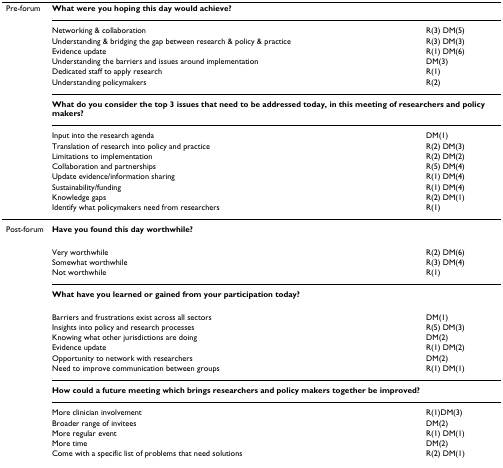
<table><thead><tr><td><b>Pre-forum</b></td><td colspan="2"><b>What were you hoping this day would achieve?</b></td></tr><tr><td></td><td><b>Networking &amp; collaboration</b></td><td><b>R(3) DM(5)</b></td></tr><tr><td></td><td><b>Understanding &amp; bridging the gap between research &amp; policy &amp; practice</b></td><td><b>R(3) DM(3)</b></td></tr><tr><td></td><td><b>Evidence update</b></td><td><b>R(1) DM(6)</b></td></tr><tr><td></td><td><b>Understanding the barriers and issues around implementation</b></td><td><b>DM(3)</b></td></tr><tr><td></td><td><b>Dedicated staff to apply research</b></td><td><b>R(1)</b></td></tr><tr><td></td><td><b>Understanding policymakers</b></td><td><b>R(2)</b></td></tr><tr><td></td><td colspan="2"><b>What do you consider the top 3 issues that need to be addressed today, in this meeting of researchers and policy makers?</b></td></tr><tr><td></td><td><b>Input into the research agenda</b></td><td><b>DM(1)</b></td></tr><tr><td></td><td><b>Translation of research into policy and practice</b></td><td><b>R(2) DM(3)</b></td></tr><tr><td></td><td><b>Limitations to implementation</b></td><td><b>R(2) DM(2)</b></td></tr><tr><td></td><td><b>Collaboration and partnerships</b></td><td><b>R(5) DM(4)</b></td></tr><tr><td></td><td><b>Update evidence/information sharing</b></td><td><b>R(1) DM(4)</b></td></tr><tr><td></td><td><b>Sustainability/funding</b></td><td><b>R(1) DM(4)</b></td></tr><tr><td></td><td><b>Knowledge gaps</b></td><td><b>R(2) DM(1)</b></td></tr><tr><td></td><td><b>Identify what policymakers need from researchers</b></td><td><b>R(1)</b></td></tr></thead><tbody><tr><td>Post-forum</td><td colspan="2"><b>Have you found this day worthwhile?</b></td></tr><tr><td></td><td>Very worthwhile</td><td>R(2) DM(6)</td></tr><tr><td></td><td>Somewhat worthwhile</td><td>R(3) DM(4)</td></tr><tr><td></td><td>Not worthwhile</td><td>R(1)</td></tr><tr><td></td><td colspan="2"><b>What have you learned or gained from your participation today?</b></td></tr><tr><td></td><td>Barriers and frustrations exist across all sectors</td><td>DM(1)</td></tr><tr><td></td><td>Insights into policy and research processes</td><td>R(5) DM(3)</td></tr><tr><td></td><td>Knowing what other jurisdictions are doing</td><td>DM(2)</td></tr><tr><td></td><td>Evidence update</td><td>R(1) DM(2)</td></tr><tr><td></td><td>Opportunity to network with researchers</td><td>DM(2)</td></tr><tr><td></td><td>Need to improve communication between groups</td><td>R(1) DM(1)</td></tr><tr><td></td><td colspan="2"><b>How could a future meeting which brings researchers and policy makers together be improved?</b></td></tr><tr><td></td><td>More clinician involvement</td><td>R(1)DM(3)</td></tr><tr><td></td><td>Broader range of invitees</td><td>DM(2)</td></tr><tr><td></td><td>More regular event</td><td>R(1) DM(1)</td></tr><tr><td></td><td>More time</td><td>DM(2)</td></tr><tr><td></td><td>Come with a specific list of problems that need solutions</td><td>R(2) DM(1)</td></tr></tbody></table>